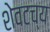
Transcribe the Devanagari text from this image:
शेवटच्य